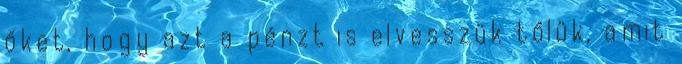
őket, hogy azt a pénzt is elvesszük tőlük, amit